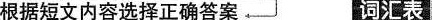
根据短文内容选择正确答案 词汇表